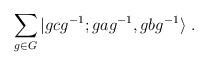
LaTeX: \begin{align*}\sum_{g\in G}|gcg^{-1}; gag^{-1}, gbg^{-1}\rangle~.\end{align*}